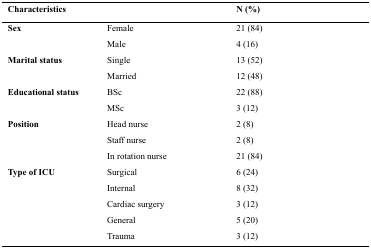
| <COLSPAN=2> Characteristics | N (%) |
 | --- | --- | --- |
 | <ROWSPAN=2> Sex | Female | 21 (84) |
 | Male | 4 (16) |
 | <ROWSPAN=2> Marital status | Single | 13 (52) |
 | Married | 12 (48) |
 | <ROWSPAN=2> Educational status | BSc | 22 (88) |
 | MSc | 3 (12) |
 | <ROWSPAN=3> Position | Head nurse | 2 (8) |
 | Staff nurse | 2 (8) |
 | In rotation nurse | 21 (84) |
 | <ROWSPAN=5> Type of ICU | Surgical | 6 (24) |
 | Internal | 8 (32) |
 | Cardiac surgery | 3 (12) |
 | General | 5 (20) |
 | Trauma | 3 (12) |